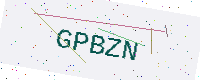
Text: GPBZN